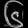
Digit: ၆